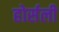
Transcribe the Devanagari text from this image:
होर्सली